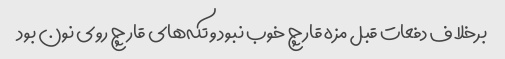
برخلاف دفعات قبل مزه قارچ خوب نبود و تکه‌های قارچ روی نون بود